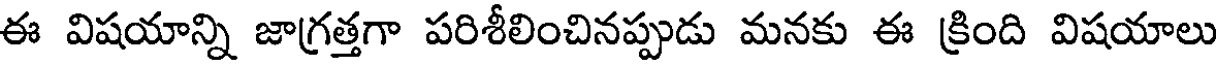
ఈ విషయాన్ని జాగ్రత్తగా పరిశీలించినప్పుడు మనకు ఈ క్రింది విషయాలు